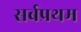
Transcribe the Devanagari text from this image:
सर्बप्रथम